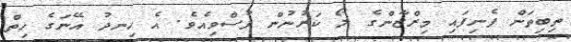
ތިބިތަން ފެނިފައި މިރްޒާންގެ ލޯ ކަރުނުން ފުސްވިއެވެ. އެ ހިނދު އޭނަގެ ހިތް